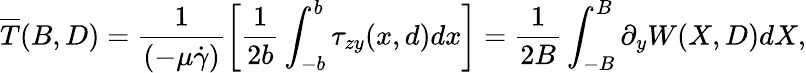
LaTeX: \overline{{T}}(B,D)=\frac{1}{(-\mu\dot{\gamma})}\left[\frac{1}{2b}\int_{-b}^{b}\tau_{zy}(x,d)dx\right]=\frac{1}{2B}\int_{-B}^{B}\partial_{y}W(X,D)dX,